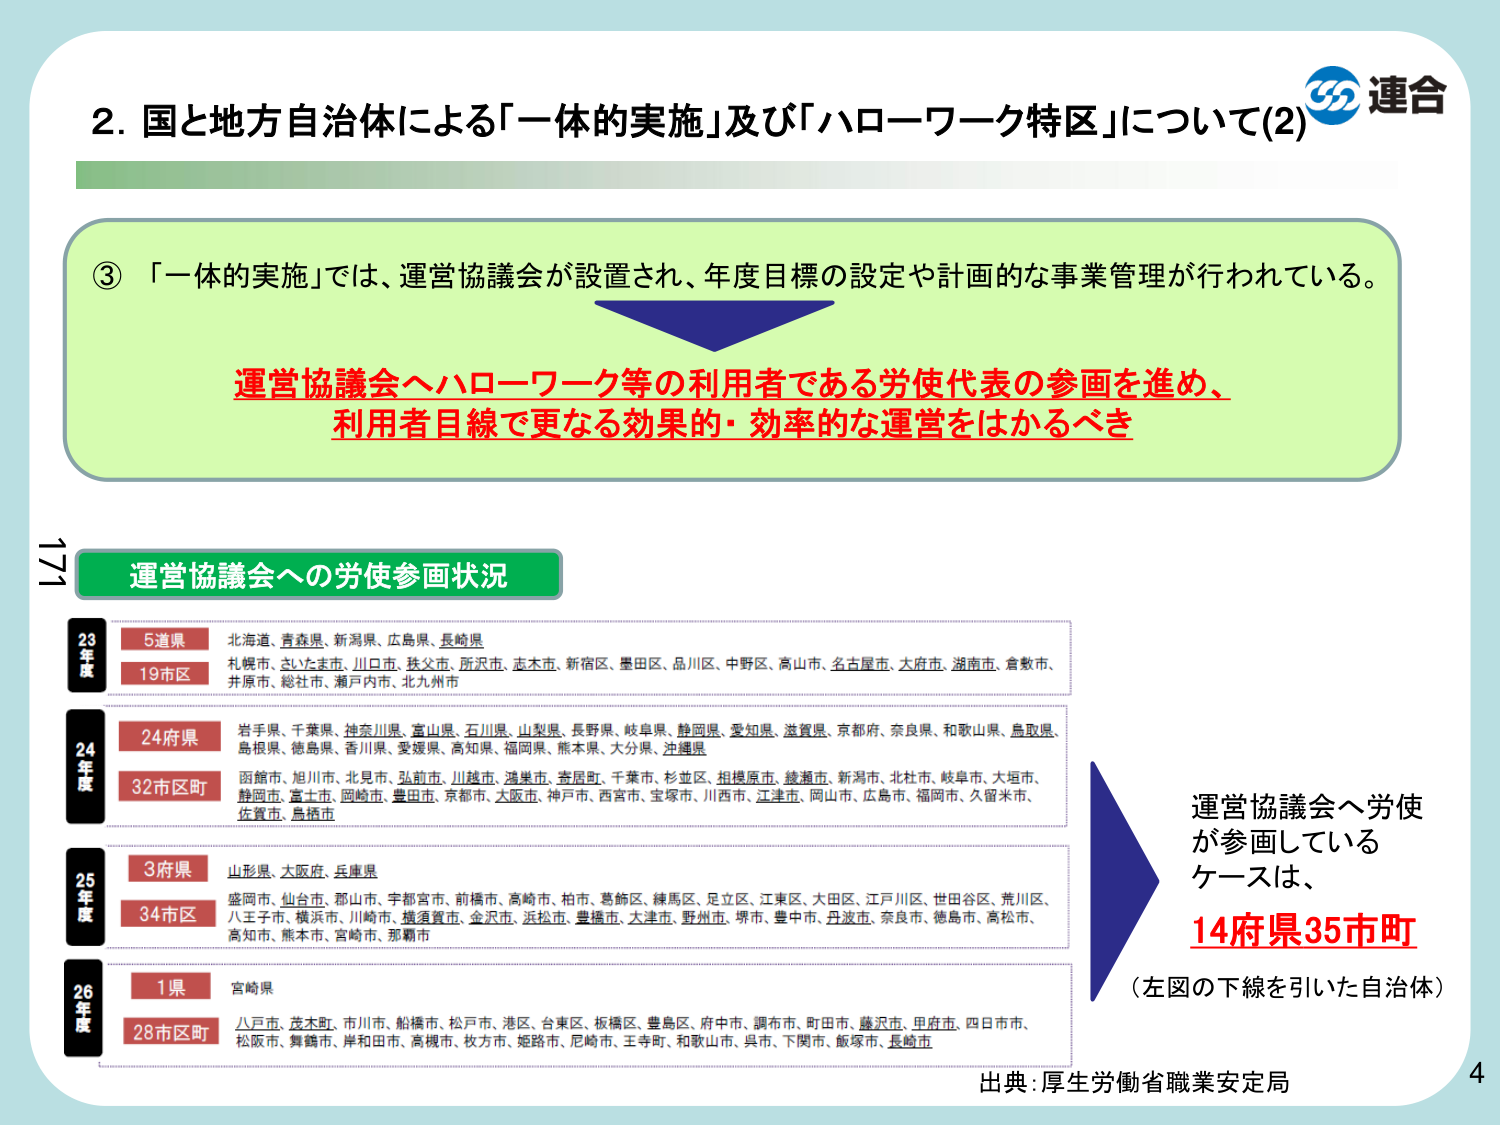
2. 国と地方自治体による「一体的実施」及び「ハローワーク特区」について(2)

③ 「一体的実施」では、運営協議会が設置され、年度目標の設定や計画的な事業管理が行われている。

運営協議会へハローワーク等の利用者である労使代表の参画を進め、
利用者目線で更なる効果的・効率的な運営をはかるべき

運営協議会への労使参画状況

23年度
5道県　北海道、青森県、新潟県、広島県、長崎県
19市区　札幌市、さいたま市、川口市、秩父市、所沢市、志木市、新宿区、墨田区、品川区、中野区、高山市、名古屋市、大府市、湖南市、倉敷市、井原市、総社市、瀬戸内市、北九州市

24年度
24府県　岩手県、千葉県、神奈川県、富山県、石川県、山梨県、長野県、岐阜県、静岡県、愛知県、滋賀県、京都府、奈良県、和歌山県、鳥取県、島根県、徳島県、香川県、愛媛県、高知県、福岡県、熊本県、大分県、沖縄県
32市区町　函館市、旭川市、北見市、弘前市、川越市、鴻巣市、寄居町、千葉市、杉並区、相模原市、綾瀬市、新潟市、北杜市、岐阜市、大垣市、静岡市、富士市、岡崎市、豊田市、京都市、大阪市、神戸市、西宮市、宝塚市、川西市、江津市、岡山市、広島市、福岡市、久留米市、佐賀市、島根市

25年度
3府県　山形県、大阪府、兵庫県
34市区　盛岡市、仙台市、郡山市、宇都宮市、前橋市、高崎市、柏市、葛飾区、練馬区、足立区、江東区、大田区、江戸川区、世田谷区、荒川区、八王子市、横浜市、川崎市、横須賀市、金沢市、浜松市、豊橋市、大津市、野洲市、堺市、豊中市、丹波市、奈良市、徳島市、高松市、高知市、熊本市、宮崎市、那覇市

26年度
1県　宮崎県
28市区町　八戸市、茂木町、市川市、船橋市、松戸市、港区、台東区、板橋区、豊島区、府中市、調布市、町田市、藤沢市、甲府市、四日市市、松阪市、舞鶴市、岸和田市、高槻市、枚方市、姫路市、尼崎市、王寺町、和歌山市、呉市、下関市、飯塚市、長崎市

運営協議会へ労使が参画しているケースは、
14府県35市町
（左図の下線を引いた自治体）

出典：厚生労働省職業安定局

連合

4